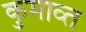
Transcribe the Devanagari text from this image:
कुमाव्त